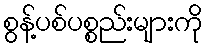
စွန့်ပစ်ပစ္စည်းများကို